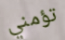
تؤمني